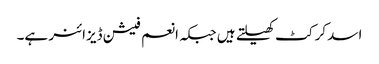
اسد کرکٹ کھیلتے ہیں جبکہ انعم فیشن ڈیزائنر ہے۔